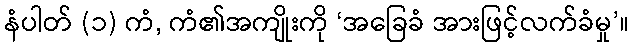
နံပါတ် (၁) ကံ, ကံ၏အကျိုးကို ‘အခြေခံ အားဖြင့်လက်ခံမှု’။